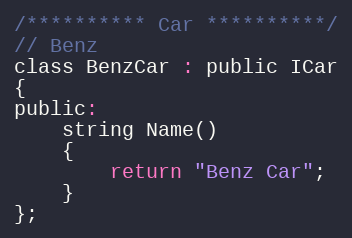
Language: C
/********** Car **********/
// Benz
class BenzCar : public ICar
{
public:
    string Name()
    {
        return "Benz Car";
    }
};